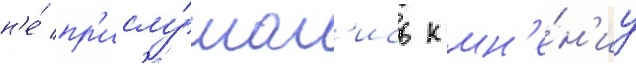
н'е́ пр'ислу́шал'ись к мн'е́н'иу